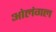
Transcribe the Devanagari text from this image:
ओलंगल